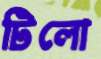
টিলো